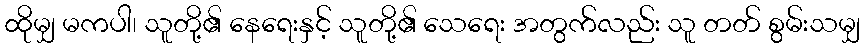
ထိုမျှ မကပါ၊ သူတို့၏ နေရေးနှင့် သူတို့၏ သေရေး အတွက်လည်း သူ တတ် စွမ်းသမျှ